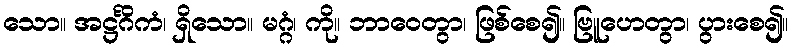
သော။ အဋ္ဌင်္ဂိကံ၊ ရှိသော။ မဂ္ဂံ၊ ကို။ ဘာဝေတွာ၊ ဖြစ်စေ၍။ ဗြူဟေတွာ၊ ပွားစေ၍။